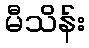
မီသိန်း